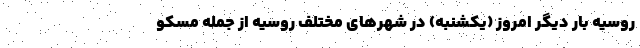
روسیه بار دیگر امروز (یکشنبه) در شهرهای مختلف روسیه از جمله مسکو